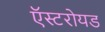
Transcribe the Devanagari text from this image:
ऍस्टरोयड